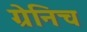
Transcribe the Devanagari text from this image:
ग्रेनिच